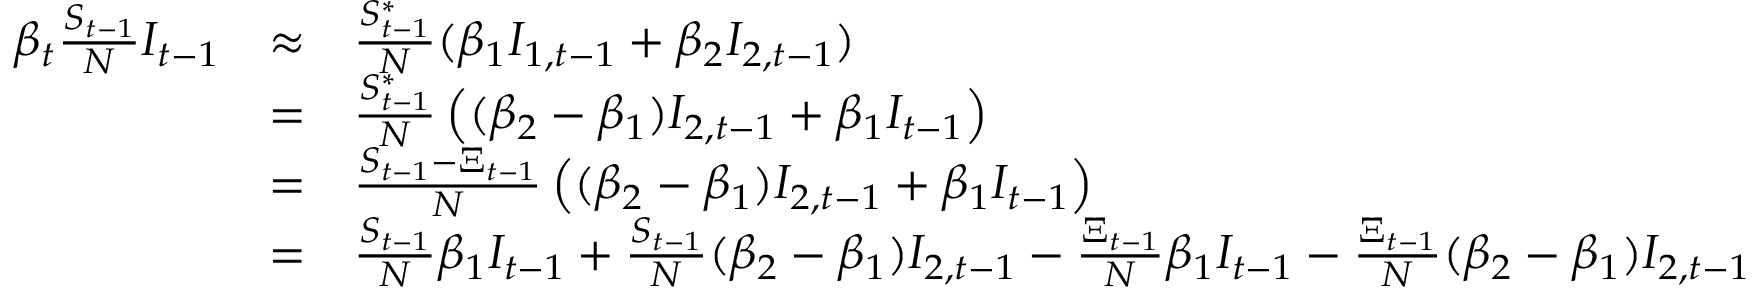
\begin{array} { r c l } { \beta _ { t } \frac { S _ { t - 1 } } { N } I _ { t - 1 } } & { \approx } & { \frac { S _ { t - 1 } ^ { * } } { N } ( \beta _ { 1 } I _ { 1 , t - 1 } + \beta _ { 2 } I _ { 2 , t - 1 } ) } \\ & { = } & { \frac { S _ { t - 1 } ^ { * } } { N } \left( ( \beta _ { 2 } - \beta _ { 1 } ) I _ { 2 , t - 1 } + \beta _ { 1 } I _ { t - 1 } \right) } \\ & { = } & { \frac { S _ { t - 1 } - \Xi _ { t - 1 } } { N } \left( ( \beta _ { 2 } - \beta _ { 1 } ) I _ { 2 , t - 1 } + \beta _ { 1 } I _ { t - 1 } \right) } \\ & { = } & { \frac { S _ { t - 1 } } { N } \beta _ { 1 } I _ { t - 1 } + \frac { S _ { t - 1 } } { N } ( \beta _ { 2 } - \beta _ { 1 } ) I _ { 2 , t - 1 } - \frac { \Xi _ { t - 1 } } { N } \beta _ { 1 } I _ { t - 1 } - \frac { \Xi _ { t - 1 } } { N } ( \beta _ { 2 } - \beta _ { 1 } ) I _ { 2 , t - 1 } } \end{array}